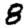
Digit: 8